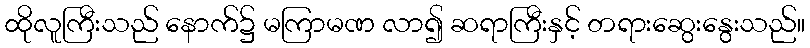
ထိုလူကြီးသည် နောက်၌ မကြာမဏ လာ၍ ဆရာကြီးနှင့် တရားဆွေးနွေးသည်။